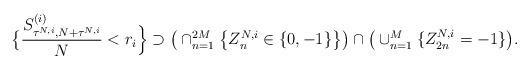
LaTeX: \begin{align*}\big\{\frac{S^{(i)}_{\tau^{N,i},N+\tau^{N,i}}}N< r_i\Big\}\supset \big(\cap_{n=1}^{2M}\big\{Z_n^{N,i}\in\{0,-1\}\big\}\big)\cap\big(\cup_{n=1}^M\{Z_{2n}^{N,i}=-1\}\big).\end{align*}